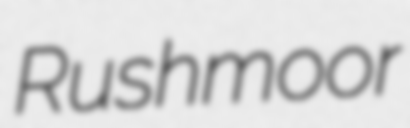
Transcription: Rushmoor